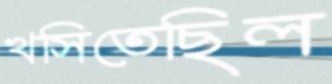
খসিতেছিল